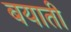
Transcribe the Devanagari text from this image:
बयाती